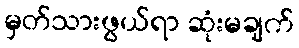
မှတ်သားဖွယ်ရာ ဆုံးမချက်